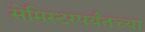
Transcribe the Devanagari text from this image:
सेमिस्टरपर्यंतच्या